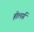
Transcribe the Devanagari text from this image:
हीलर्स